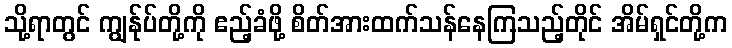
သို့ရာတွင် ကျွန်ုပ်တို့ကို ဧည့်ခံဖို့ စိတ်အားထက်သန်နေကြသည့်တိုင် အိမ်ရှင်တို့က